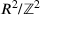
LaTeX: R ^ { 2 } / \mathbb { Z } ^ { 2 }